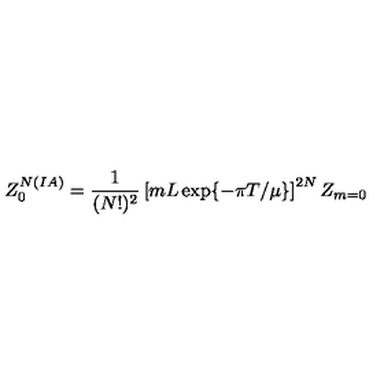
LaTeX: Z _ { 0 } ^ { N ( I A ) } = \frac { 1 } { ( N ! ) ^ { 2 } } \left[ m L \exp \{ - \pi T / \mu \} \right] ^ { 2 N } Z _ { m = 0 }